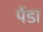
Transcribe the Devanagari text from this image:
पैंडा